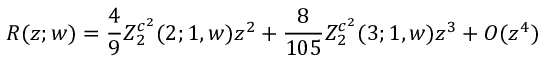
R ( z ; w ) = \frac { 4 } { 9 } Z _ { 2 } ^ { c ^ { 2 } } ( 2 ; 1 , w ) z ^ { 2 } + \frac { 8 } { 1 0 5 } Z _ { 2 } ^ { c ^ { 2 } } ( 3 ; 1 , w ) z ^ { 3 } + { \cal O } ( z ^ { 4 } )